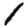
Digit: 1